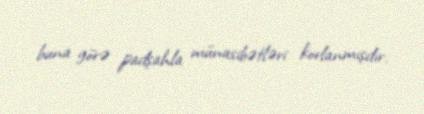
buna görə padşahla münasibətləri korlanmışdır.